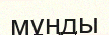
мұңды